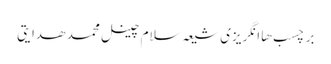
برچسب ها انگریزی شیعہ سلام چینل محمد ھدایتی